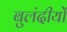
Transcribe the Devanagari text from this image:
बुलंदीयों